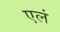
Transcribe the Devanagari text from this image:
एलं